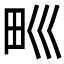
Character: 𤰝